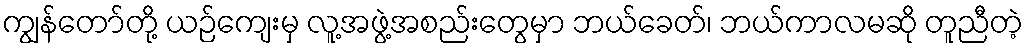
ကျွန်တော်တို့ ယဉ်ကျေးမှ လူ့အဖွဲ့အစည်းတွေမှာ ဘယ်ခေတ်၊ ဘယ်ကာလမဆို တူညီတဲ့